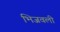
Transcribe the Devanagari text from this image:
भिजवली